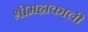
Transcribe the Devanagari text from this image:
श्रीमहाकाली